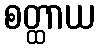
စတ္ထာယ